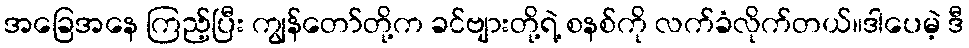
အခြေအနေ ကြည့်ပြီး ကျွန်တော်တို့က ခင်ဗျားတို့ရဲ့ စနစ်ကို လက်ခံလိုက်တယ်။ဒါပေမဲ့ ဒီ